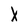
Character: X